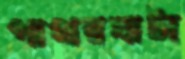
পাথরঘাটা